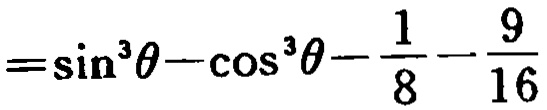
$=\sin ^{3}\theta -\cos ^{3}\theta -\frac {1}{8}-\frac {9}{16}$